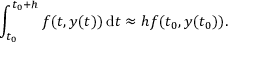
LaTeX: \int _ { t _ { 0 } } ^ { t _ { 0 } + h } f ( t , y ( t ) ) \, \mathrm { d } t \approx h f ( t _ { 0 } , y ( t _ { 0 } ) ) .